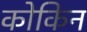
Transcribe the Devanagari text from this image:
कोकिन